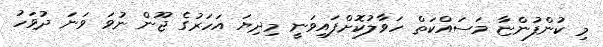
މި ކުންފުންޏާ މަސައްކަތް ހަވާލުކޮށްފައިވަނީ މިދިޔަ އަހަރުގެ ޖޫން ނުވަ ވަނަ ދުވަހު